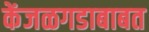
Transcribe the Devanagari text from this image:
केंजळगडाबाबत